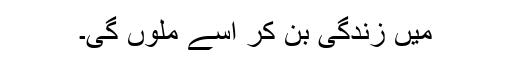
میں زندگی بن کر اسے ملوں گی۔